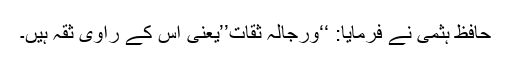
حافظ ہثمی نے فرمایا: ‘‘ورجالہ ثقات’’یعنی اس کے راوی ثقہ ہیں۔